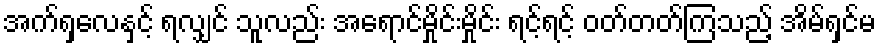
အက်ရှလေနှင့် ရလျှင် သူလည်း အရောင်မှိုင်းမှိုင်း ရင့်ရင့် ဝတ်တတ်ကြသည့် အိမ်ရှင်မ